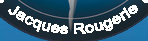
Jacques Rougerle